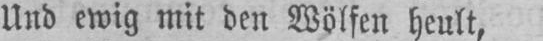
Und ewig mit den Wölfen heult,